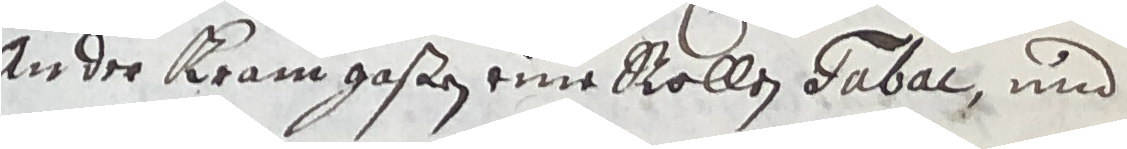
an der kram goßen eine Rollen dabar und